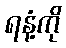
ရနံ့ကို